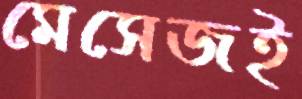
মেসেজই